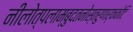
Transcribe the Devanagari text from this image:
नीलोत्पलाम्बुदतनोस्तरुणार्ककोटि